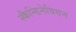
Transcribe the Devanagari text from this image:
स्कैन्डिनेवियन